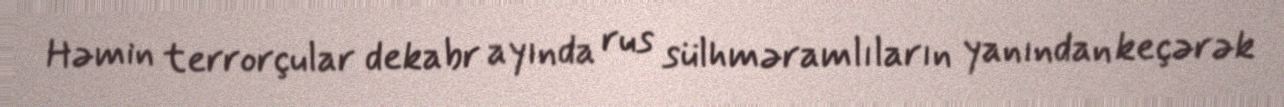
Həmin terrorçular dekabr ayında rus sülhməramlıların yanından keçərək